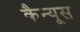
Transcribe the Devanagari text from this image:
कैन्यूस